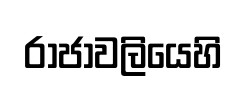
රාජාවලියෙහි